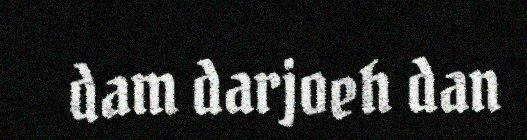
dam darjoeh dan